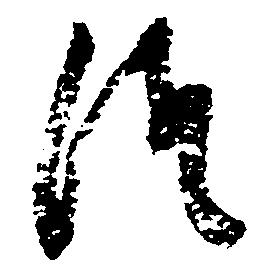
つ